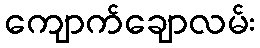
ကျောက်ချောလမ်း